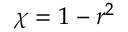
\chi = 1 - r ^ { 2 }